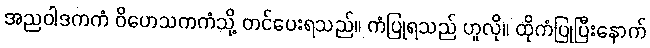
အညဝါဒကကံ ဝိဟေသကကံသို့ တင်ပေးရသည်။ ကံပြုရသည် ဟူလို။ ထိုကံပြုပြီးနောက်